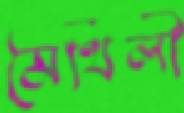
মৈথিলী